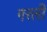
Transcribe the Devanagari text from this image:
गरली